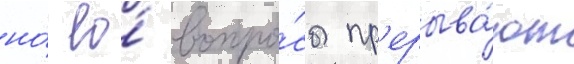
но́ ео́ вопро́сы пр'ерыва́ют